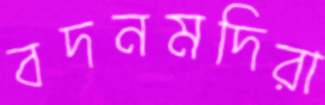
বদনমদিরা